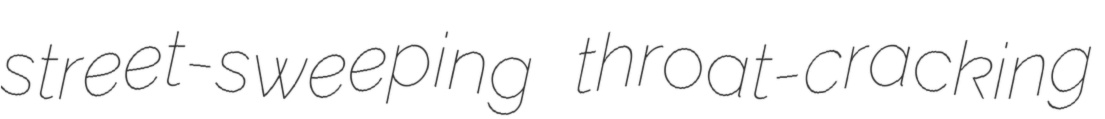
street-sweeping throat-cracking